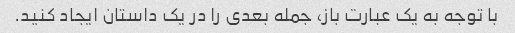
با توجه به یک عبارت باز، جمله بعدی را در یک داستان ایجاد کنید.